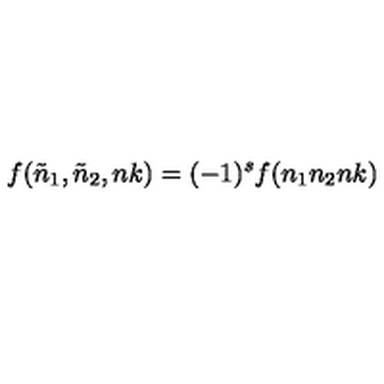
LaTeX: f ( { \tilde { n } } _ { 1 } , { \tilde { n } } _ { 2 } , n k ) = ( - 1 ) ^ { s } f ( n _ { 1 } n _ { 2 } n k )